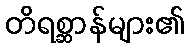
တိရစ္ဆာန်များ၏